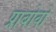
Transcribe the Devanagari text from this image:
प्राबोवो